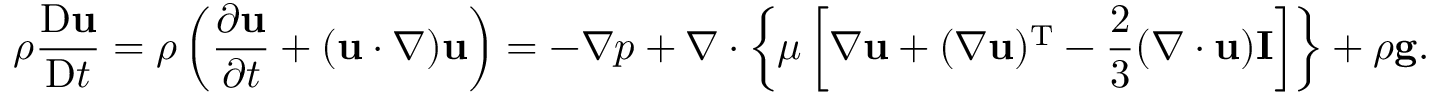
\rho { \frac { \mathrm { D } \mathbf { u } } { \mathrm { D } t } } = \rho \left( { \frac { \partial \mathbf { u } } { \partial t } } + ( \mathbf { u } \cdot \nabla ) \mathbf { u } \right) = - \nabla p + \nabla \cdot \left\{ \mu \left[ \nabla \mathbf { u } + ( \nabla \mathbf { u } ) ^ { \mathrm { T } } - { \frac { 2 } { 3 } } ( \nabla \cdot \mathbf { u } ) \mathbf { I } \right] \right\} + \rho \mathbf { g } .